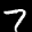
Label: 7